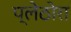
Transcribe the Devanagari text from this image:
प्लेठोरा